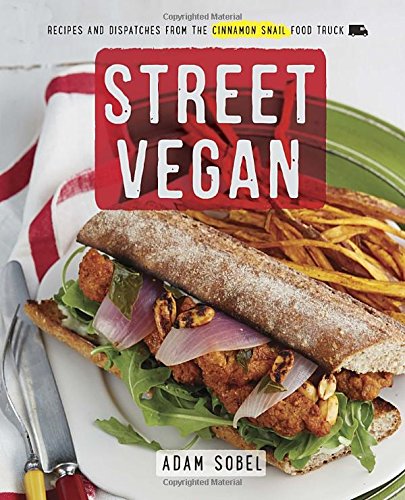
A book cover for Street Vegan: Recipes and Dispatches from The Cinnamon Snail Food Truck; Adam Sobel; Cookbooks, Food & Wine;